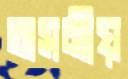
অসনীয়